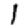
Digit: 1